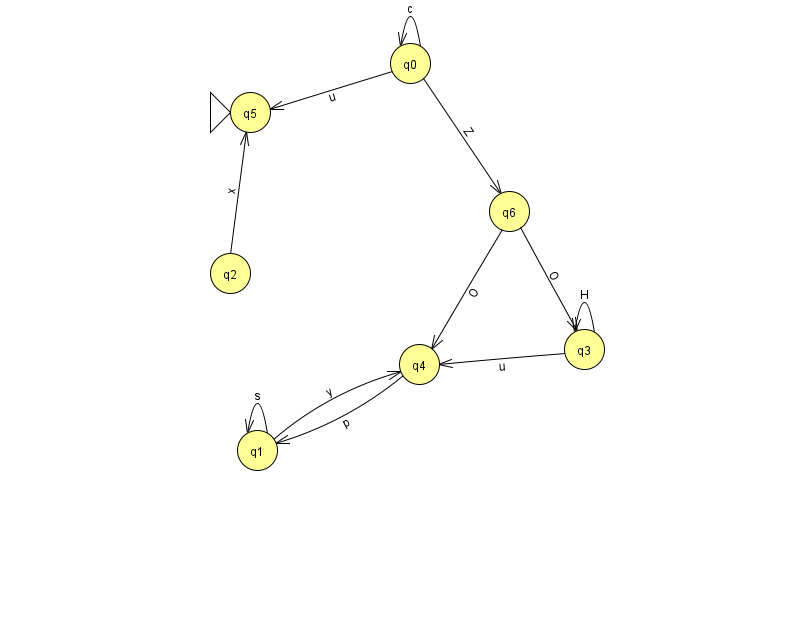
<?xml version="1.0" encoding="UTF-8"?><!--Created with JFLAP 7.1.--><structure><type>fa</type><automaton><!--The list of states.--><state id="0" name="q0"><x>410.0</x><y>50.0</y></state><state id="1" name="q1"><x>257.0</x><y>437.0</y></state><state id="2" name="q2"><x>230.0</x><y>260.0</y></state><state id="3" name="q3"><x>584.0</x><y>336.0</y></state><state id="4" name="q4"><x>419.0</x><y>351.0</y></state><state id="5" name="q5"><x>250.0</x><y>99.0</y><initial/></state><state id="6" name="q6"><x>509.0</x><y>198.0</y></state><!--The list of transitions.--><transition><from>0</from><to>6</to><read>Z</read></transition><transition><from>3</from><to>4</to><read>u</read></transition><transition><from>4</from><to>1</to><read>p</read></transition><transition><from>6</from><to>4</to><read>O</read></transition><transition><from>0</from><to>0</to><read>c</read></transition><transition><from>1</from><to>1</to><read>s</read></transition><transition><from>6</from><to>3</to><read>O</read></transition><transition><from>0</from><to>5</to><read>u</read></transition><transition><from>2</from><to>5</to><read>x</read></transition><transition><from>3</from><to>3</to><read>H</read></transition><transition><from>1</from><to>4</to><read>y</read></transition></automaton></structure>